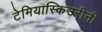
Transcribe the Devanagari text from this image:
टेमियास्किउरीनी